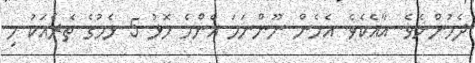
ދެމުންނެވެ. އާއެކެވެ. އެހެން ނޫންނަމަ އެންމެ މޮޅު 5 ޅެމުގެ ތެރެއަކު މި